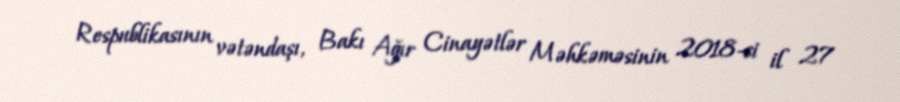
Respublikasının vətəndaşı, Bakı Ağır Cinayətlər Məhkəməsinin 2018-ci il 27